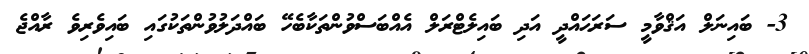
3- ބައިނަލް އަޤްވާމީ ސަރަޙައްދީ އަދި ބައިލެޓްރަލް އެއްބަސްވުންތަކާބެހޭ ބައްދަލުވުންތަކުގައި ބައިވެރިވެ ރާއްޖެ